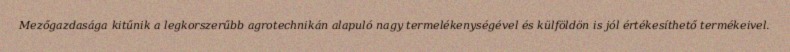
Mezőgazdasága kitűnik a legkorszerűbb agrotechnikán alapuló nagy termelékenységével és külföldön is jól értékesíthető termékeivel.